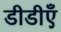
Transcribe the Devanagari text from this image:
डीडीएँ